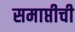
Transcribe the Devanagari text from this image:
समाप्तीची